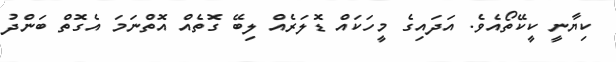
ކިޔާނީ ކީކޭތޯއެވެ. އަދައިގެ މީހަކައް ޑޮލަރެއް ލިބޭ ގޮތެއް އޮތްނަމަ އެގޮތް ބަންދު